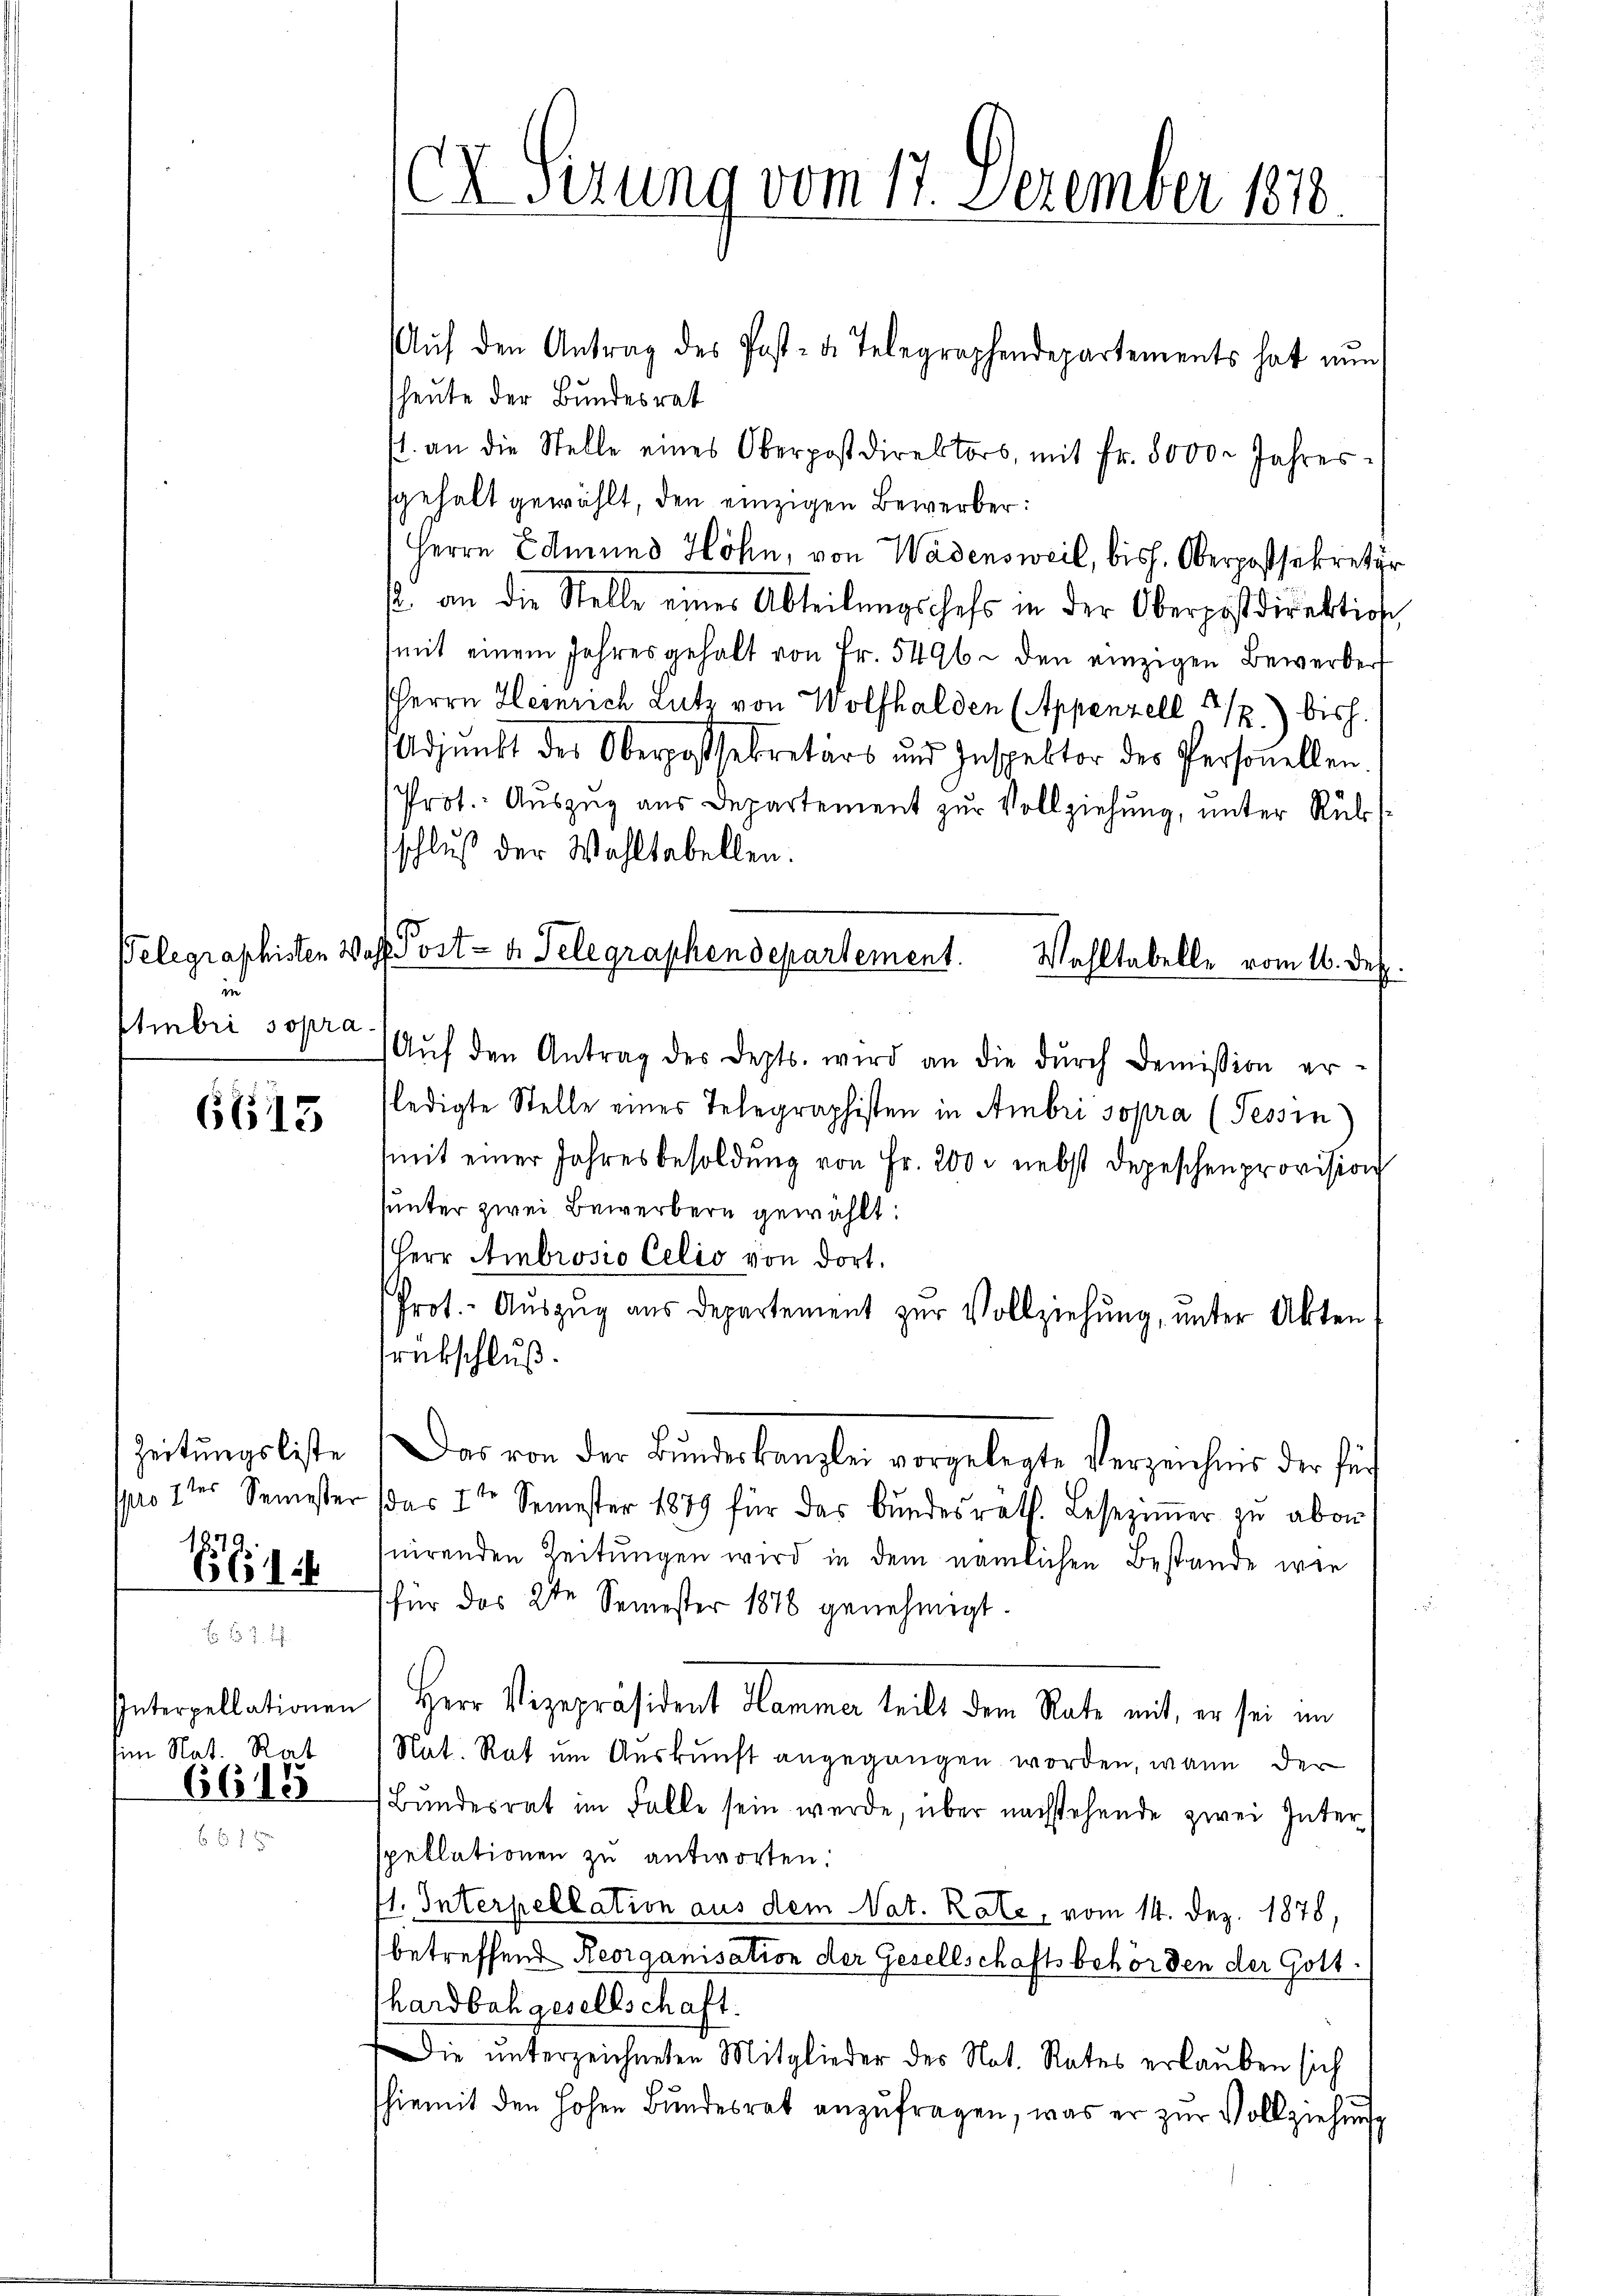
Belegraphisten 20
in
Eembri sopra.

6615

Zeitungsliste
po 7ter Semester
E

Interpellationen
im Nat. Rat

6615

x Sizung vom 17. Dezember 1818.
Aŭf den Antrag des Post- u. Telegraphendepartements hat nun

heute der Bundesrat
s. an die Stelle eines Oberpostdirektors, mit fr. 8000. Jahres-
sgehalt gewählt, den einzigen Bewerber:
Herrn Edmund Höhn, von Wädensweil, bish. Oberpostsekretär
s an die Stelle einer Abteilŭngschefs in der Oberpostdirektion
mit einem Jahres gehalt von Fr. 5496. den einzigen Bewerbert
HHerrn Heinrich Lutz von Wolfhalden (Appenzell 1/2.) bish
Adjunkt der Oberpassekretärs und Inspektor des Personellen
Prot. Auszug aus Departement zur Vollziehung, unter Rüks
schluß der Wahltabellen.
 Post- u. Telegraphendepartement.
Aŭf den Antrag des Depts. wird an die dŭrch Demission er-
(ledigte Stelle eines Telegraphisten in Ambri sopra (Tessin
(mit einer Jahresbesoldŭng von Fr. 200. nebst Depeschen provision
sunter zwei Bewerbern gewählt:
Herr Ambrosio Celio von dort.
Prot.- Aŭszŭg aŭs departement zŭr Vollziehung, unter Akten
srückschluß.
Das von der Bŭndeskanzlei vorgelegte Verzeichnis der für
(das 7ten Semester 1879 für das Bundesrath. Lesezimmer zu aben
nirenden Zeitungen wird in dem nämlichen Bestande wie
für das 2te Semester 1876 genehmigt.
Herr Vizepräsident Hammer teilt dem Rate mit, er sei im
Nat. Rat um Auskunft angegangen worden, wann der
Bŭndesrat im Falle sein werde, über nachstehende zwei Inter-
pellationen zu antworten:
1. Interpellation aus dem Nat. Rate, vom 14. Dez. 1878,
betreffend Reorganisation der Gesellschaftsbehörden der Gott.
hardbahgesellschaft.
Die unterzeichneten Mitglieder des Not. Rates erlauben sich
hiemit den hohen Bundesrat anzufragen, was er zur Vollziehung

Wahltabelle vom 16. Dez.